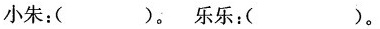
小朱：()。乐乐：()。